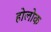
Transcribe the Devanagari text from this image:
होलोक